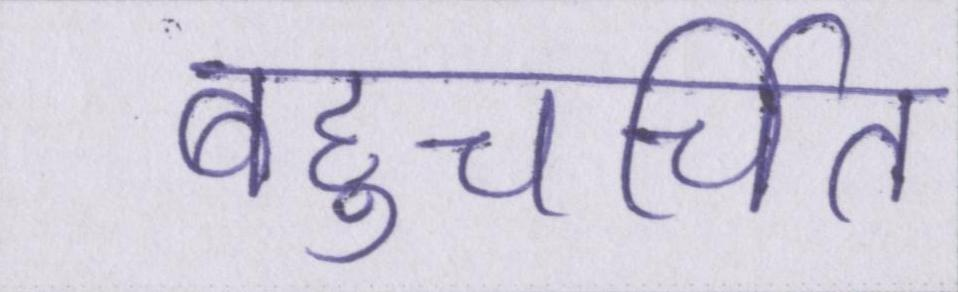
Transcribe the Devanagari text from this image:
बहुचर्चित